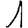
Digit: 1